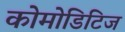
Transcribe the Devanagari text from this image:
कोमोडिटिज